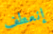
إنعطف